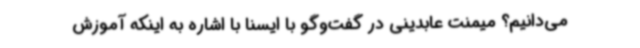
می‌دانیم؟ میمنت عابدینی در گفت‌وگو با ایسنا با اشاره به اینکه آموزش